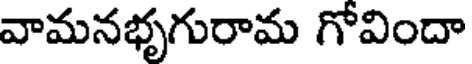
వామనభృగురామ గోవిందా